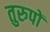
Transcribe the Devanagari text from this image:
तुरुपों